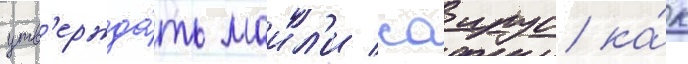
утв'ержда́ть маил'и саирус ка́к